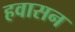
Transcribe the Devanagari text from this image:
हवासन